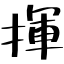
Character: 揮